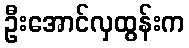
ဦးအောင်လှထွန်းက